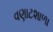
વણાટશાળા